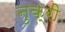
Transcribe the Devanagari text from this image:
नुक्री